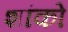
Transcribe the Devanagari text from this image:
शांको